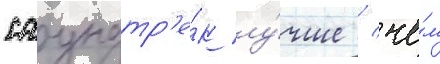
саундтр'е́к лу́чше / че́м